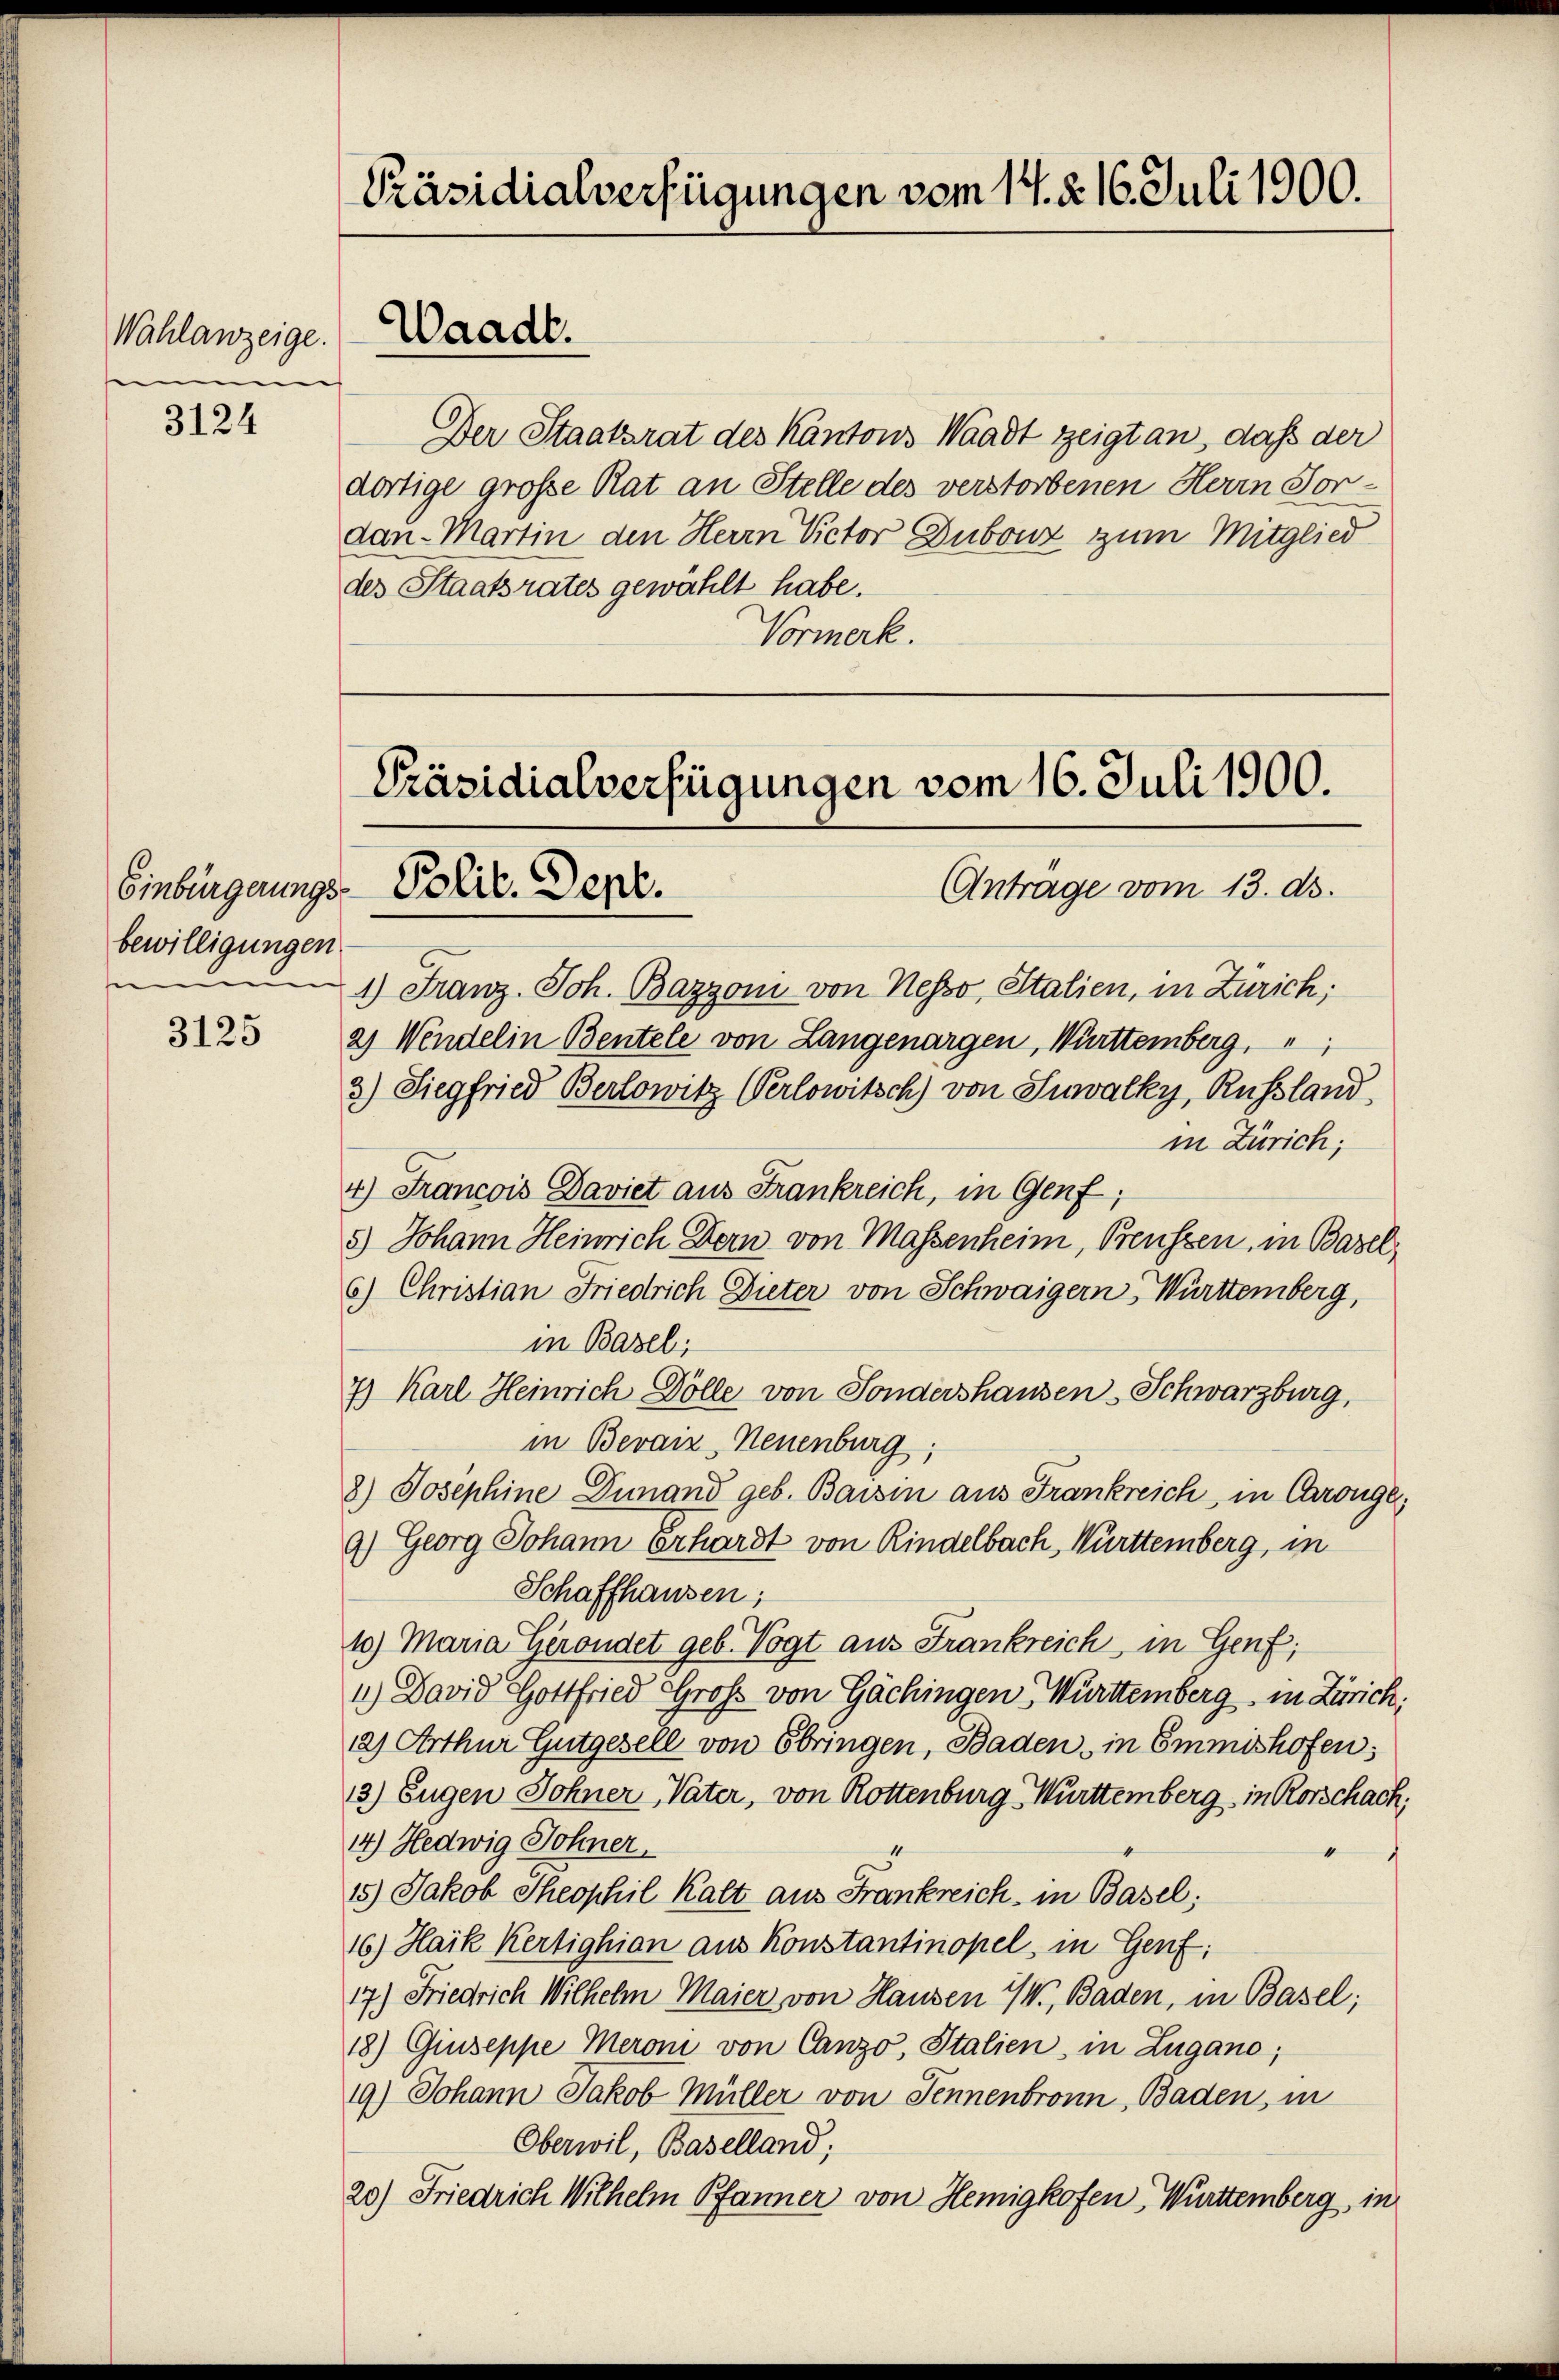
Wahlanzeige.
e

3124

bewilligungen.

3125

[Präsidialverfügungen vom 14. §. 16. Juli 1900.
Waadt.

Der Staatsrat des Kantons Waadt zeigt an, daß der
dortige große Rat an Stelle des verstorbenen Herrn Sor
dau-Martin den Herrn Victor Dubonz zum Mitglied
des Staatsrates gewählt habe.
Vormerk.

Präsidialverfügungen vom 16. Juli 1900.
Einbergerungs-Polic. Sept.
Antrage vom 13. ds.

1) Franz. Joh. Bazzoni von Nesso, Italien, in Zürich;
2) Wendelin Bentele von Langenargen, Württemberg,
3) Siegfried Berlowitz Verlowitsch) von Suwalky, Russland,
in Zürich;
4) Francois Daviet aus Frankreich, in Genf;
5.) Johann Heinrich Dorn, von Massenheim, Preussen, in Basel,
6.) Christian Friedrich Dieter von Schwaigern, Württemberg,
in Basel;
7) Karl Heinrich Dölle von Sondershausen-Schwarzburg,
in Beraiz Neuenburg,
8.) Josephine Dinand geb. Baisin aus Frankreich in Chronge,
9.) Georg Johann Erhardt von Rindelbach, Württemberg, in
Schaffhausen;
10) Maria Grondet geb. Vogt aus Frankreich, in Genf,
11.) David Gottfried Groß von Gächingen, Württemberg, in Zürich:
12) Arthur Gutgesell von Sbringen, Baden, in Emmishofen:
3) Eugen Sohner Vater, von Rottenburg - Württemberg in Rorschach,
14.) Hedwig Sohner,
15) Jakob Theophil Kalt aus Frankreich in Basel;
16.) Haik Kertighion aus Konstantinopel, in Genf;
17.) Friedrich Wilhelm Maier von Hausen IV., Baden, in Basel;
18.) Giuseppe Meroni von Canzo, Italien, in Zugano,
19.) Johann Jakob Müller von Jennenbronn, Baden, in
Oberwil, Baselland;
20) Friedrich Wilhelm Pfanner von Hemigkofen, Württemberg, in